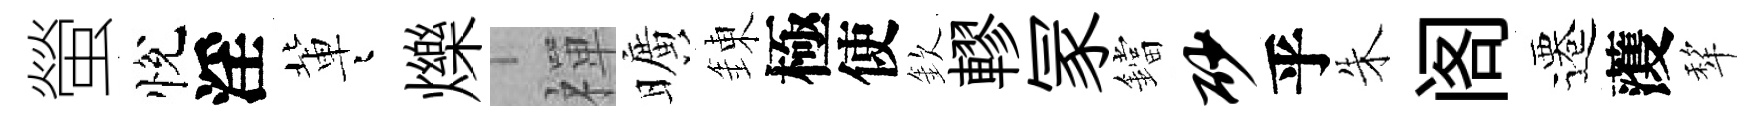
螢悅淫軰迢爍禪曠錬極使欽轇冡鐺砂乎朱阁遷𮑮犂